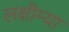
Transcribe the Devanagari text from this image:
लक्षीम्या